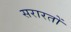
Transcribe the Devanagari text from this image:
सरारतों